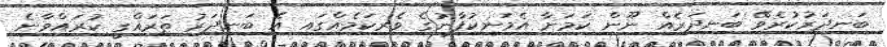
ބަނދަރުކުރެވޭ ބަނދަރެއް ނޫން ކަމަށާ އެމަނިކުފާނުގެ ވެރިކަމެއްގައި އެ ބަނދަރު ތަރައްގީ ކުރައްވާނެ